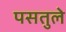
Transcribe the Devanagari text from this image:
पसतुले